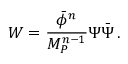
W = \frac { \bar { \phi } ^ { n } } { M _ { P } ^ { n - 1 } } \Psi \bar { \Psi } \, .